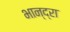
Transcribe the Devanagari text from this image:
भान्द्रा